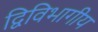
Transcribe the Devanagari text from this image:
द्विविभागीय